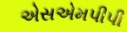
એસએમપીપી